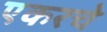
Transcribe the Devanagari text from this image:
एकरचे